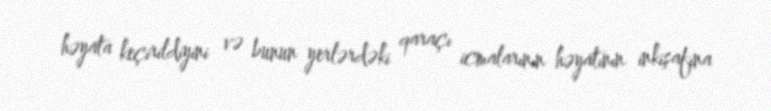
həyata keçirildiyini və bunun yerlərdəki qaraçı icmalarının həyatının inkişafına